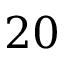
2 0